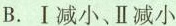
B.Ⅰ减小、Ⅱ减小